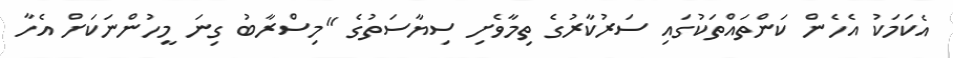
އެކަމަކު އެހެން ކަންތައްތަކުގައި ސަރުކާރުގެ ތިމާވެށި ސިޔާސަތުގެ "މިސްރާބު ގިނަ މީހުންނަކަށް އެހާ